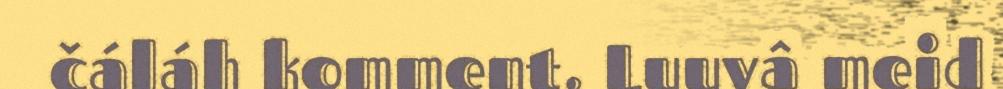
čáláh komment. Luuvâ meid